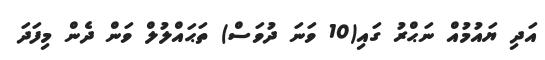
އަދި ޔައުމުއް ނަޙްރު ގައި(10 ވަނަ ދުވަސް) ތަޙައްލުލް ވަން ދެން މިފަދަ